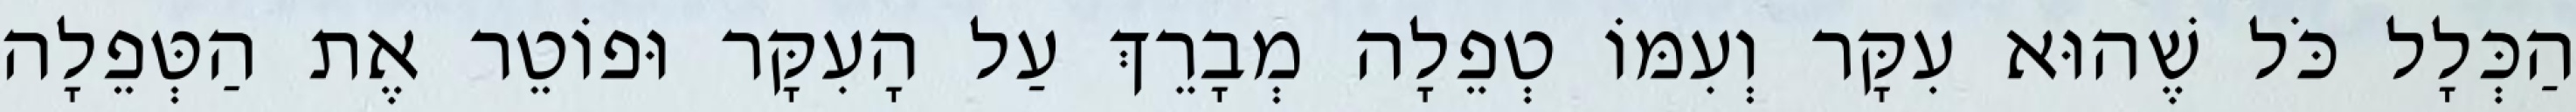
הַכְּלָל כֹּל שֶׁהוּא עִקָּר וְעִמּוֹ טְפֵלָה מְבָרֵךְ עַל הָעִקָּר וּפוֹטֵר אֶת הַטְּפֵלָה